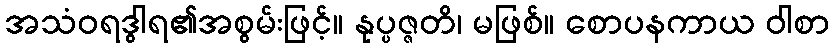
အသံဝရဒွါရ၏အစွမ်းဖြင့်။ နုပ္ပဇ္ဇတိ၊ မဖြစ်။ စောပနကာယ ဝါစာ